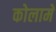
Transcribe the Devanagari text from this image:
कोलामें